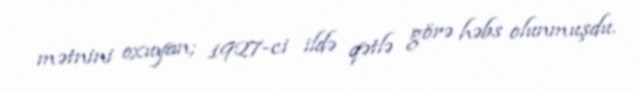
mətnini oxuyan; 1927-ci ildə qətlə görə həbs olunmuşdu.